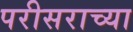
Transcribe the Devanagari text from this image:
परीसराच्या